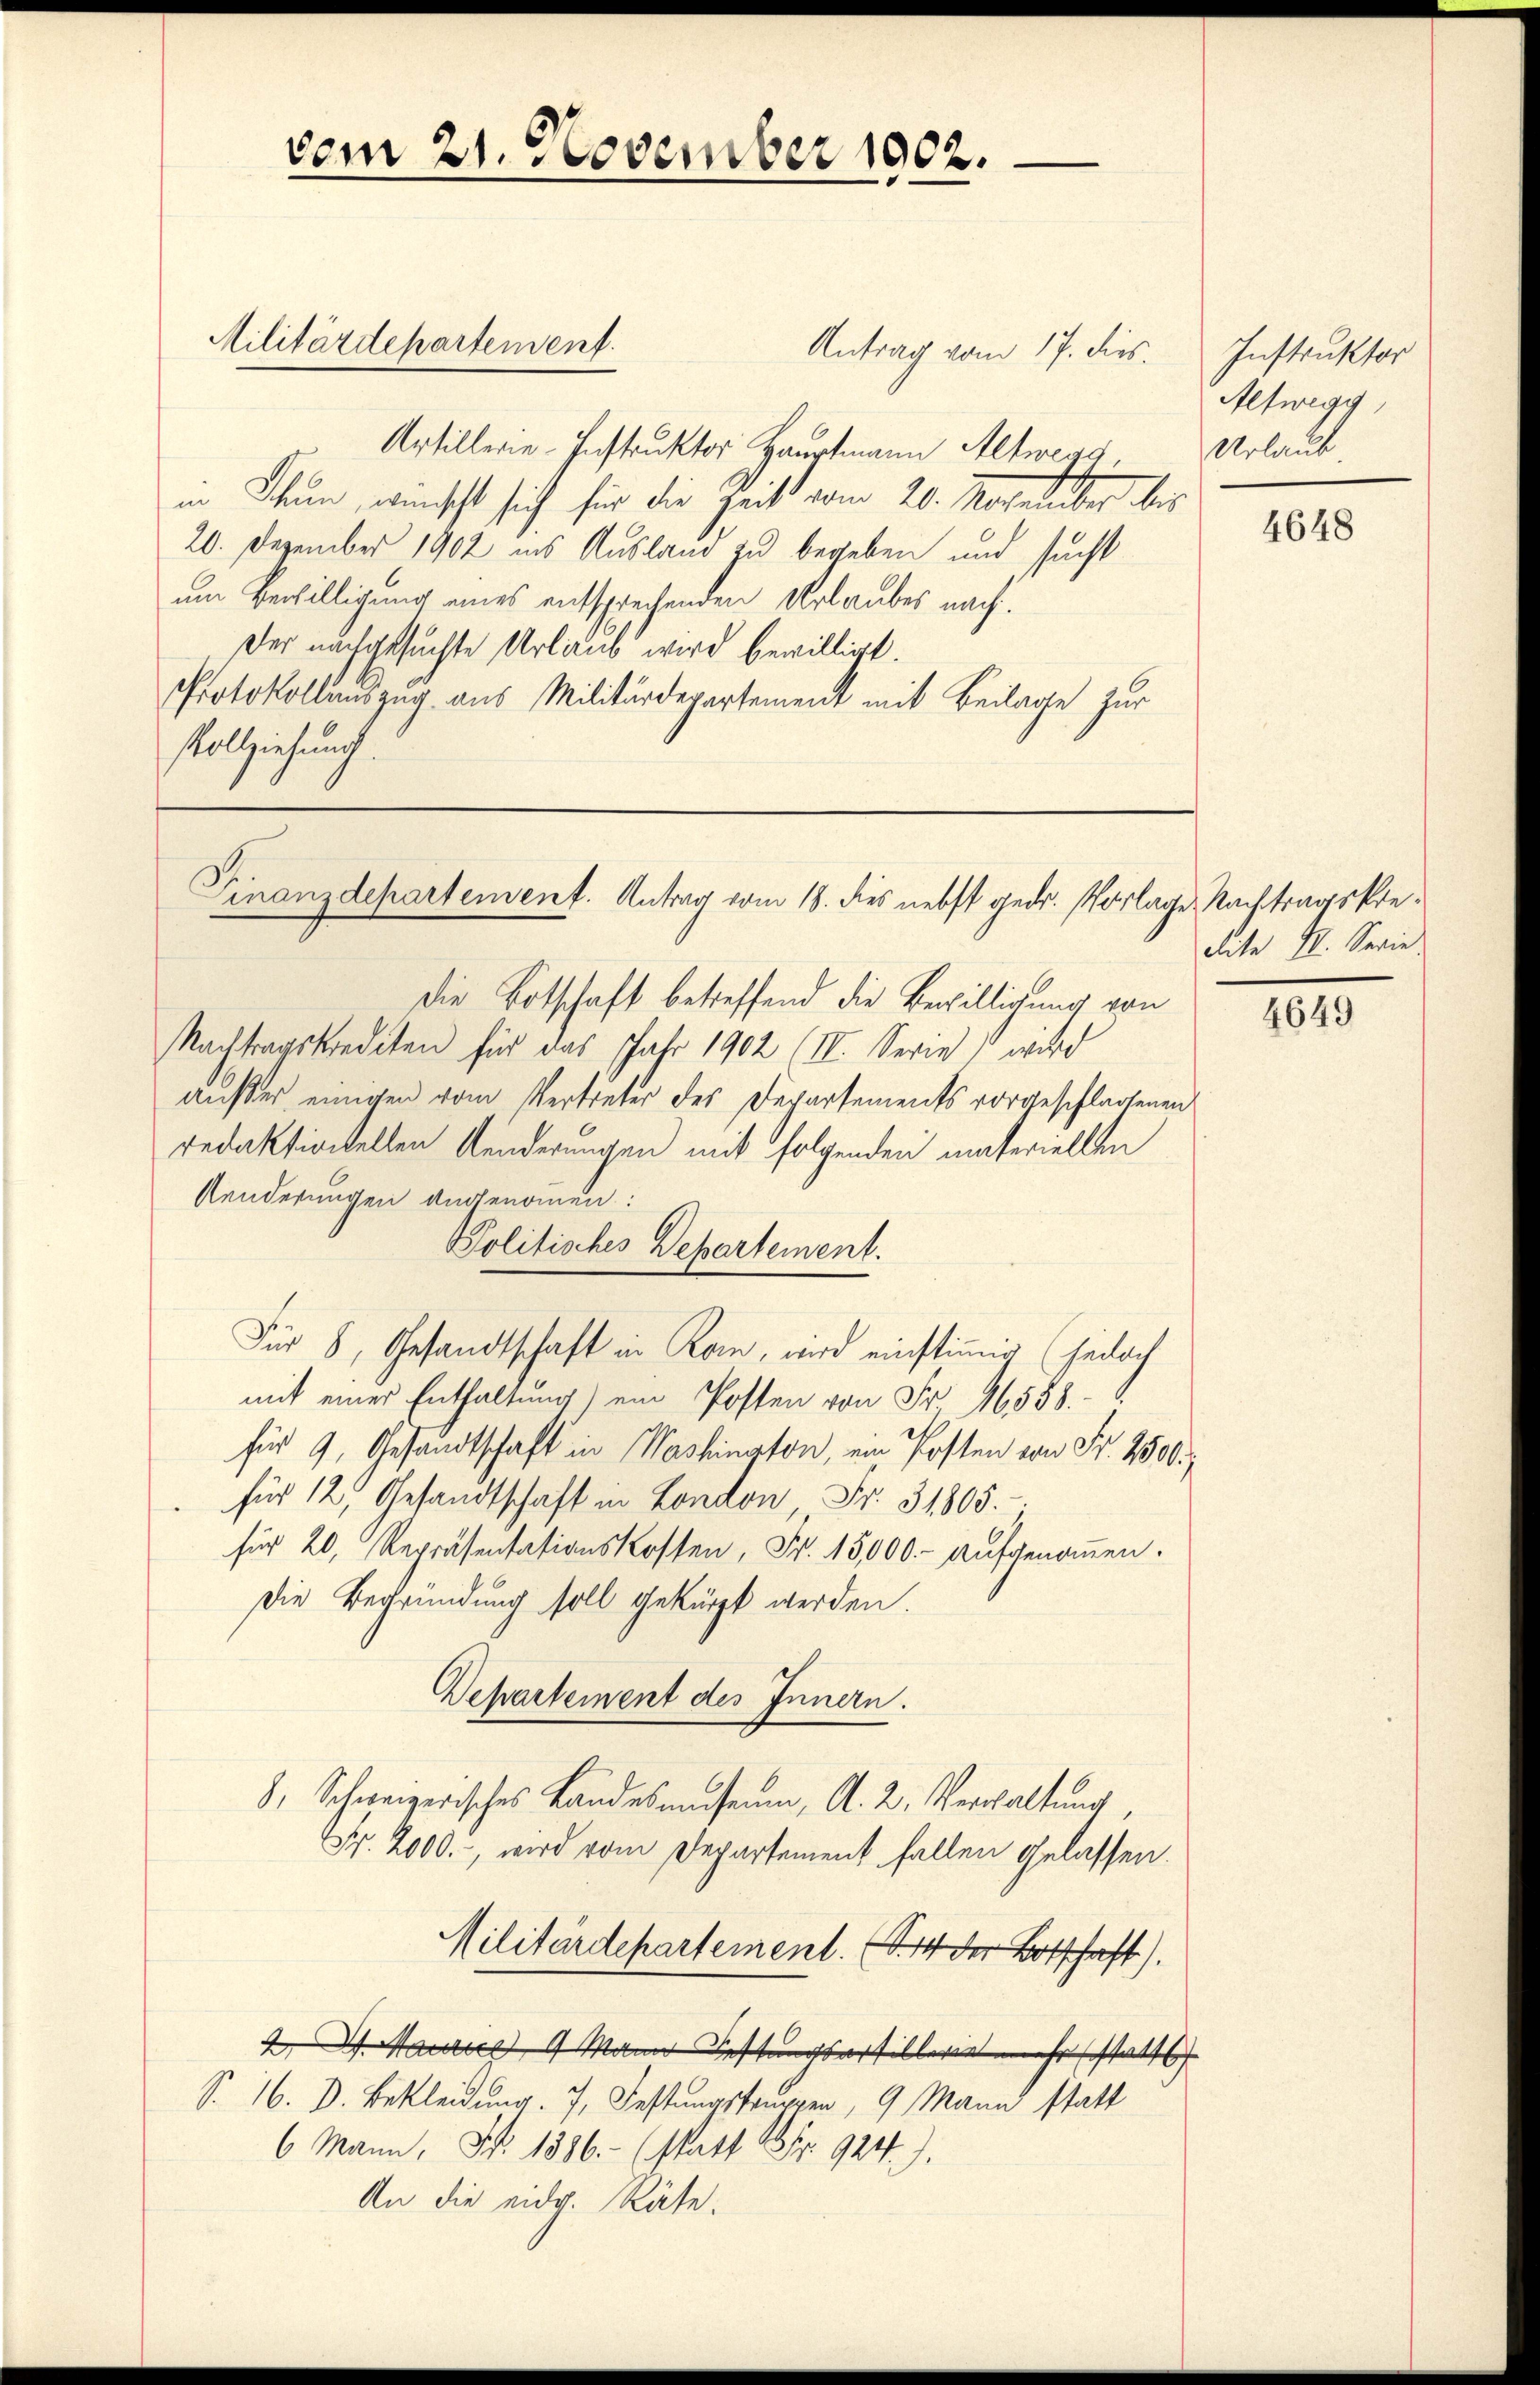
Antrag vom 17. dies
Artillerie-Instruktor Hauptmann Altweg,
in Scheun, wünscht sich für die geiß vom 20. Noveliber bes
20. Dezember 1902 ins Ausland zu begeben und sucht
um Bewilligung eines entsprechenden Urlaubes nach
Der nachgesuchte Urlaub wird bewilligt.
Protokollauszug aus Militärdepartement mit Beilage zur
Vollziehung.

vom 21. November 1902.

Militärdepartement.

Finanzdepartement. Antrag vom 18. dies nebst gedr. Vorlage Nachtragskre¬

Die Botschaft betreffend die Bewilligung von
Nachtragskrediten für das Jahr 1902 (III. Serie  wird
außer einigen vom Vertreter des Departements vorgeschlagenen
redaktionellen Aenderungen mit folgenden materiellen
Aenderungen angenommen:
Politisches Departement.
Für 8, Gesandtschaft in Kan, wird einstimmig (jedoch
mit einer Enthaltung) ein Posten von Fr. 16588.
für 9, Gesandtschaft in Washington, ein Posten von Fr. 2500.
für 12, Gesandtschaft in London Fr. 31805.
für 20 Repräsentationskosten, Fr. 15,000.- aŭfgenoṁen.
Die Begründung soll gekürzt werden.
Departement des Innern.
8, Schweizerisches Landesmuseum, A. 2. Verwaltung
Nr. 2000., wird vom Departement fallen gelassen.
Militärdepartement. (S. 44 der Botschaft).
2 Mariel 1 Mann Festungsartillerie mehr statt
S. 16. D. Bekleidung. 7. Festungstruppen, 9 Mann statt
6 Mann, No. 1386.- (statt Nr. 924).
An die eidg. Räte.

Instruktor
Altwegg,
Urlaub.

4648

dite I. Serie

4649